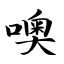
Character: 噢